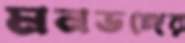
মনভঙ্গের